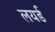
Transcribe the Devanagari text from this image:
लयर्ड